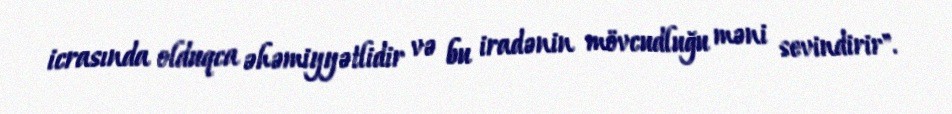
icrasında olduqca əhəmiyyətlidir və bu iradənin mövcudluğu məni sevindirir".